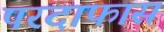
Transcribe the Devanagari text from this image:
परदाफास